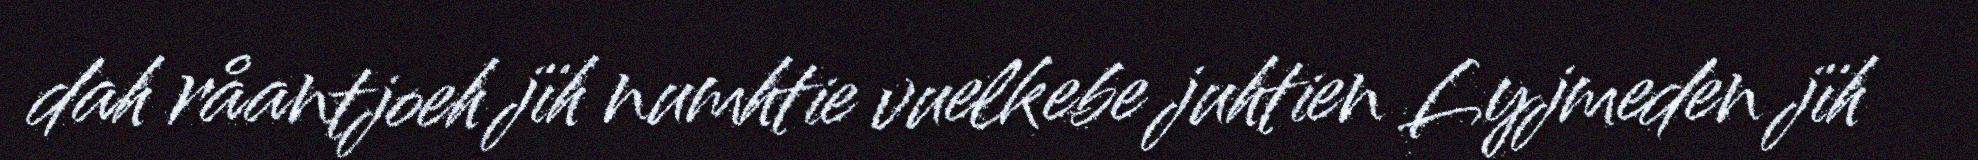
dah råantjoeh jïh numhtie vuelkebe juhtien Lyjmeden jïh